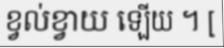
ខ្វល់ខ្វាយ ឡើយ ។ [